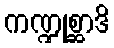
ကဏ္ဍုစ္ဆာဒိ